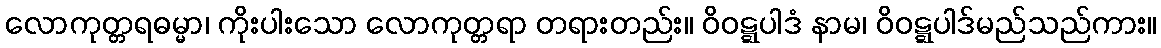
လောကုတ္တရဓမ္မာ၊ ကိုးပါးသော လောကုတ္တရာ တရားတည်း။ ဝိဝဋ္ဋပါဒံ နာမ၊ ဝိဝဋ္ဋပါဒ်မည်သည်ကား။